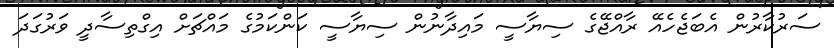
ސަރުކާރުން އެބަޖެހެއޭ ރާއްޖޭގެ ސިޔާސީ މައިދާނުން ސިޔާސީ ކަންކަމުގެ މައްޗަށް އިގްތިސާދީ ވަރުގަދަ